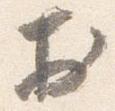
於